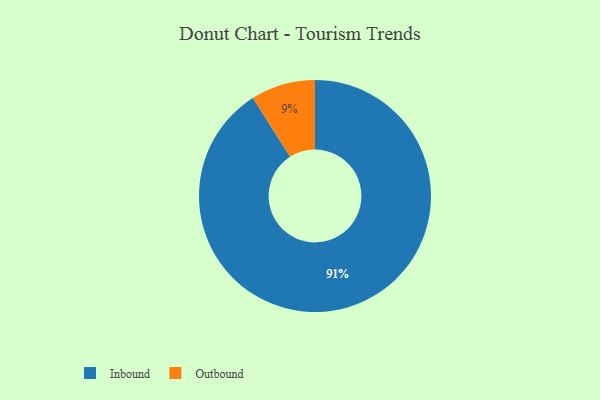
{"axis": {"x": "Category", "y": "Percentage"}, "legend": ["Inbound", "Outbound"], "data": [{"x": "Inbound", "y": 91, "type": "Inbound"}, {"x": "Outbound", "y": 9, "type": "Outbound"}]}